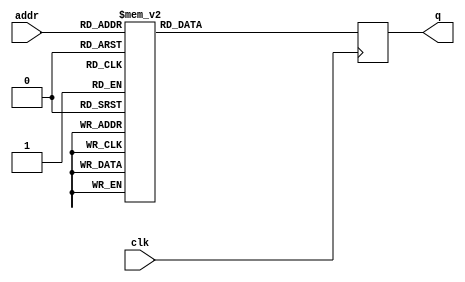
module rom (
    input [2:0]addr,
    input clk,
    output reg [7:0]q
);

always @(posedge clk) begin
    case (addr)
    3'b000: q = 8'b01011011; // [
    3'b001: q = 8'b01000110; // F
    3'b010: q = 8'b01010000; // P
    3'b011: q = 8'b01000111; // G
    3'b100: q = 8'b01000001; // A
    3'b101: q = 8'b01011101; // ]
    3'b110: q = 8'b00001101; // \r
    3'b111: q = 8'b00001010; // \n
    endcase
end

endmodule